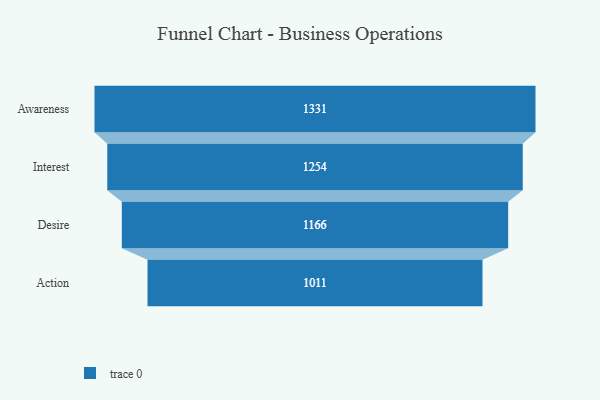
{"axis": {"x": "Stage", "y": "Value"}, "legend": [""], "data": [{"x": "Awareness", "y": 1331.0, "type": ""}, {"x": "Interest", "y": 1254.0, "type": ""}, {"x": "Desire", "y": 1166.0, "type": ""}, {"x": "Action", "y": 1011.0, "type": ""}]}